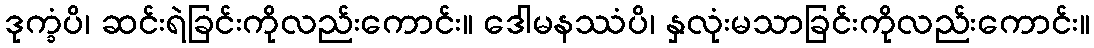
ဒုက္ခံပိ၊ ဆင်းရဲခြင်းကိုလည်းကောင်း။ ဒေါမနဿံပိ၊ နှလုံးမသာခြင်းကိုလည်းကောင်း။